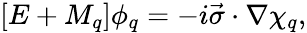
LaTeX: [E+M_{q}]\phi_{q}=-i\vec{\sigma}\cdot\nabla\chi_{q},